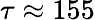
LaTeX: \tau\approx 155